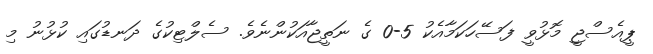
ޕީއެސްޖީ މޮޅުވީ ފަސޭހަކަމާއެކު 5-0 ގެ ނަތީޖާއަކުންނެވެ. ސެލްޓިކުގެ ދަނޑުގައި ކުޅުނު މި